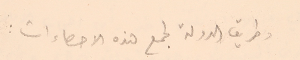
وطريق الدولة لجمع هذه الاحصاءات :